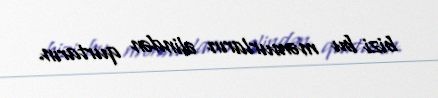
bizi bu məmurların əlindən qurtarın.